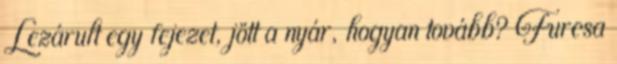
Lezárult egy fejezet, jött a nyár, hogyan tovább? Furcsa